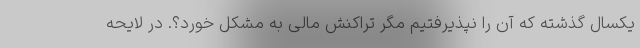
یکسال گذشته که آن را نپذیرفتیم مگر تراکنش مالی به مشکل خورد؟. در لایحه